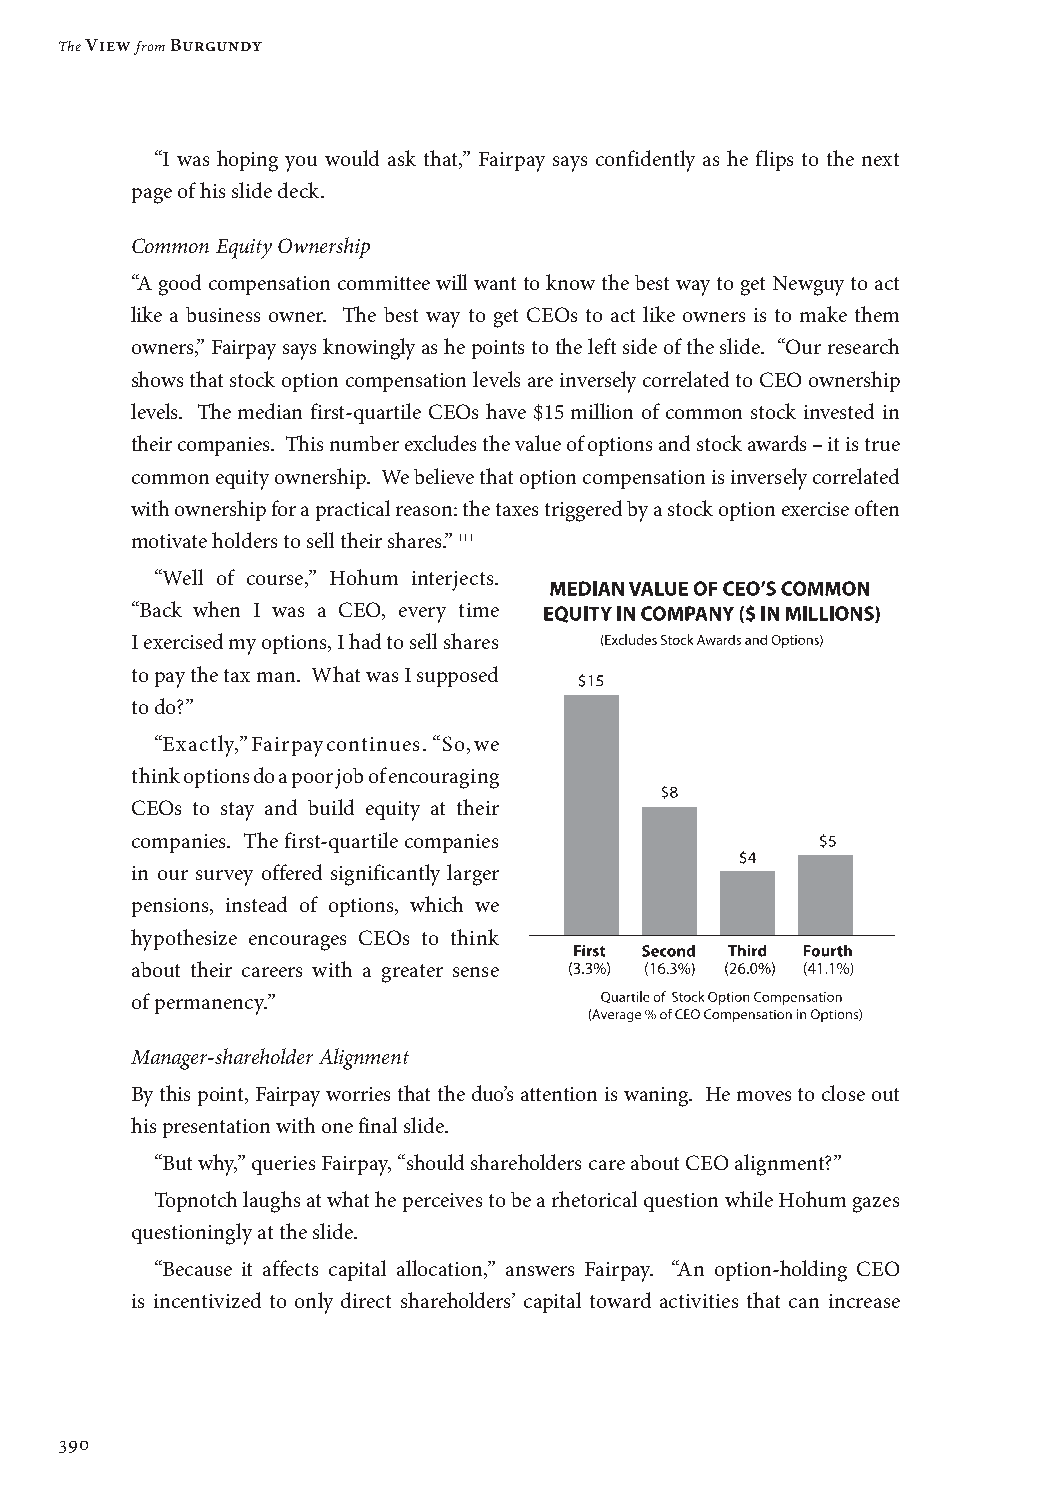
The View from Burgundy
 “I was hoping you would ask that,” Fairpay says confidently as he flips to the next
 page of his slide deck.
 Common Equity Ownership
 “A good compensation committee will want to know the best way to get Newguy to act
 like a business owner. The best way to get CEOs to act like owners is to make them
 owners,” Fairpay says knowingly as he points to the left side of the slide. “Our research
 shows that stock option compensation levels are inversely correlated to CEO ownership
 levels. The median first-quartile CEOs have $15 million of common stock invested in
 their companies. This number excludes the value of options and stock awards – it is true
 common equity ownership. We believe that option compensation is inversely correlated
 with ownership for a practical reason: the taxes triggered by a stock option exercise often
 motivate holders to sell their shares.” 111
 “Well of course,” Hohum interjects.
 “Back when I was a CEO, every time
 I exercised my options, I had to sell shares
 to pay the tax man. What was I supposed
 to do?”
 “Exactly,” Fairpay continues. “So, we
 think options do a poor job of encouraging
 CEOs to stay and build equity at their
 companies. The first-quartile companies
 in our survey offered significantly larger
 pensions, instead of options, which we
 hypothesize encourages CEOs to think
 about their careers with a greater sense
 of permanency.”
 Manager-shareholder Alignment
 By this point, Fairpay worries that the duo’s attention is waning. He moves to close out
 his presentation with one final slide.
 “But why,” queries Fairpay, “should shareholders care about CEO alignment?”
 Topnotch laughs at what he perceives to be a rhetorical question while Hohum gazes
 questioningly at the slide.
 “Because it affects capital allocation,” answers Fairpay. “An option-holding CEO
 is incentivized to only direct shareholders’ capital toward activities that can increase
 390